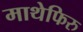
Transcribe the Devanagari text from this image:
माथेफिरु